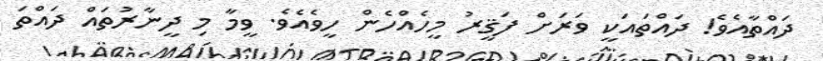
ދައްތާއެވެ! ދައްތައަކީ ވަރަށް ފަޤީރު މީހެއްހެން ހީވެއެވެ. ވީމާ މި ދީނާރުތައް ދައްތަ